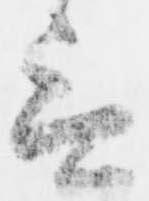
言